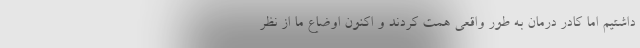
داشتیم اما کادر درمان به طور واقعی همت کردند و اکنون اوضاع ما از نظر